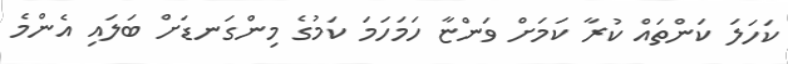
ކަހަލަ ކަންތައް ކުރާ ކަމަށް ވަންޏާ ހަމަހަމަ ކަމުގެ މިންގަނޑަށް ބަލައި އެންމެ